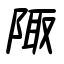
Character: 陬